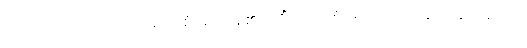
ဤသို့သော စကားကို။ အဝေါစုံ၊ ဆိုကုန်၏။ (ကိံ အဝေါစုံ၊ အဘယ်သို့ ဆိုကုန်သနည်း။)